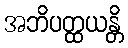
အဘိပတ္ထယန္တိ